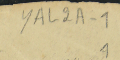
YAL2A-1